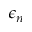
\epsilon _ { n }